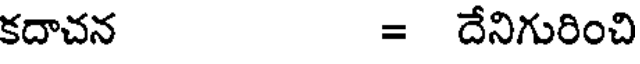
కదాచన = దేనిగురించి